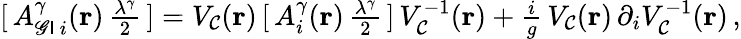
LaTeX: [\, A_{{\sf\mathscr{G}I}\, i}^{{\gamma}}({\mathbf{{r}}})\, {\textstyle\frac{{{\lambda}^{\gamma}}}{{2}}}\, ]=V_{\cal{C}}({\mathbf{{r}}})\, [\, A_{i}^{\gamma}({\mathbf{{r}}})\, {\textstyle\frac{{\lambda^{\gamma}}}{{2}}}\, ]\, V_{\cal{C}}^{-1}({\mathbf{{r}}})+{\textstyle\frac{{i}}{{g}}}\, V_{\cal{C}}({\mathbf{{r}}})\, \partial_{i}V_{\cal{C}}^{-1}({\mathbf{{r}}})\, ,